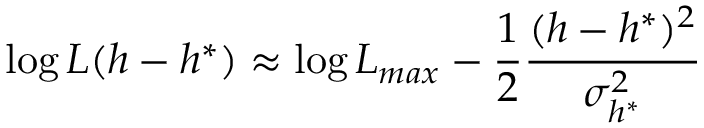
\log L ( h - h ^ { * } ) \approx \log L _ { m a x } - \frac { 1 } { 2 } \frac { ( h - h ^ { * } ) ^ { 2 } } { \sigma _ { h ^ { * } } ^ { 2 } }